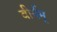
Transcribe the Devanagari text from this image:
वीर्यम्